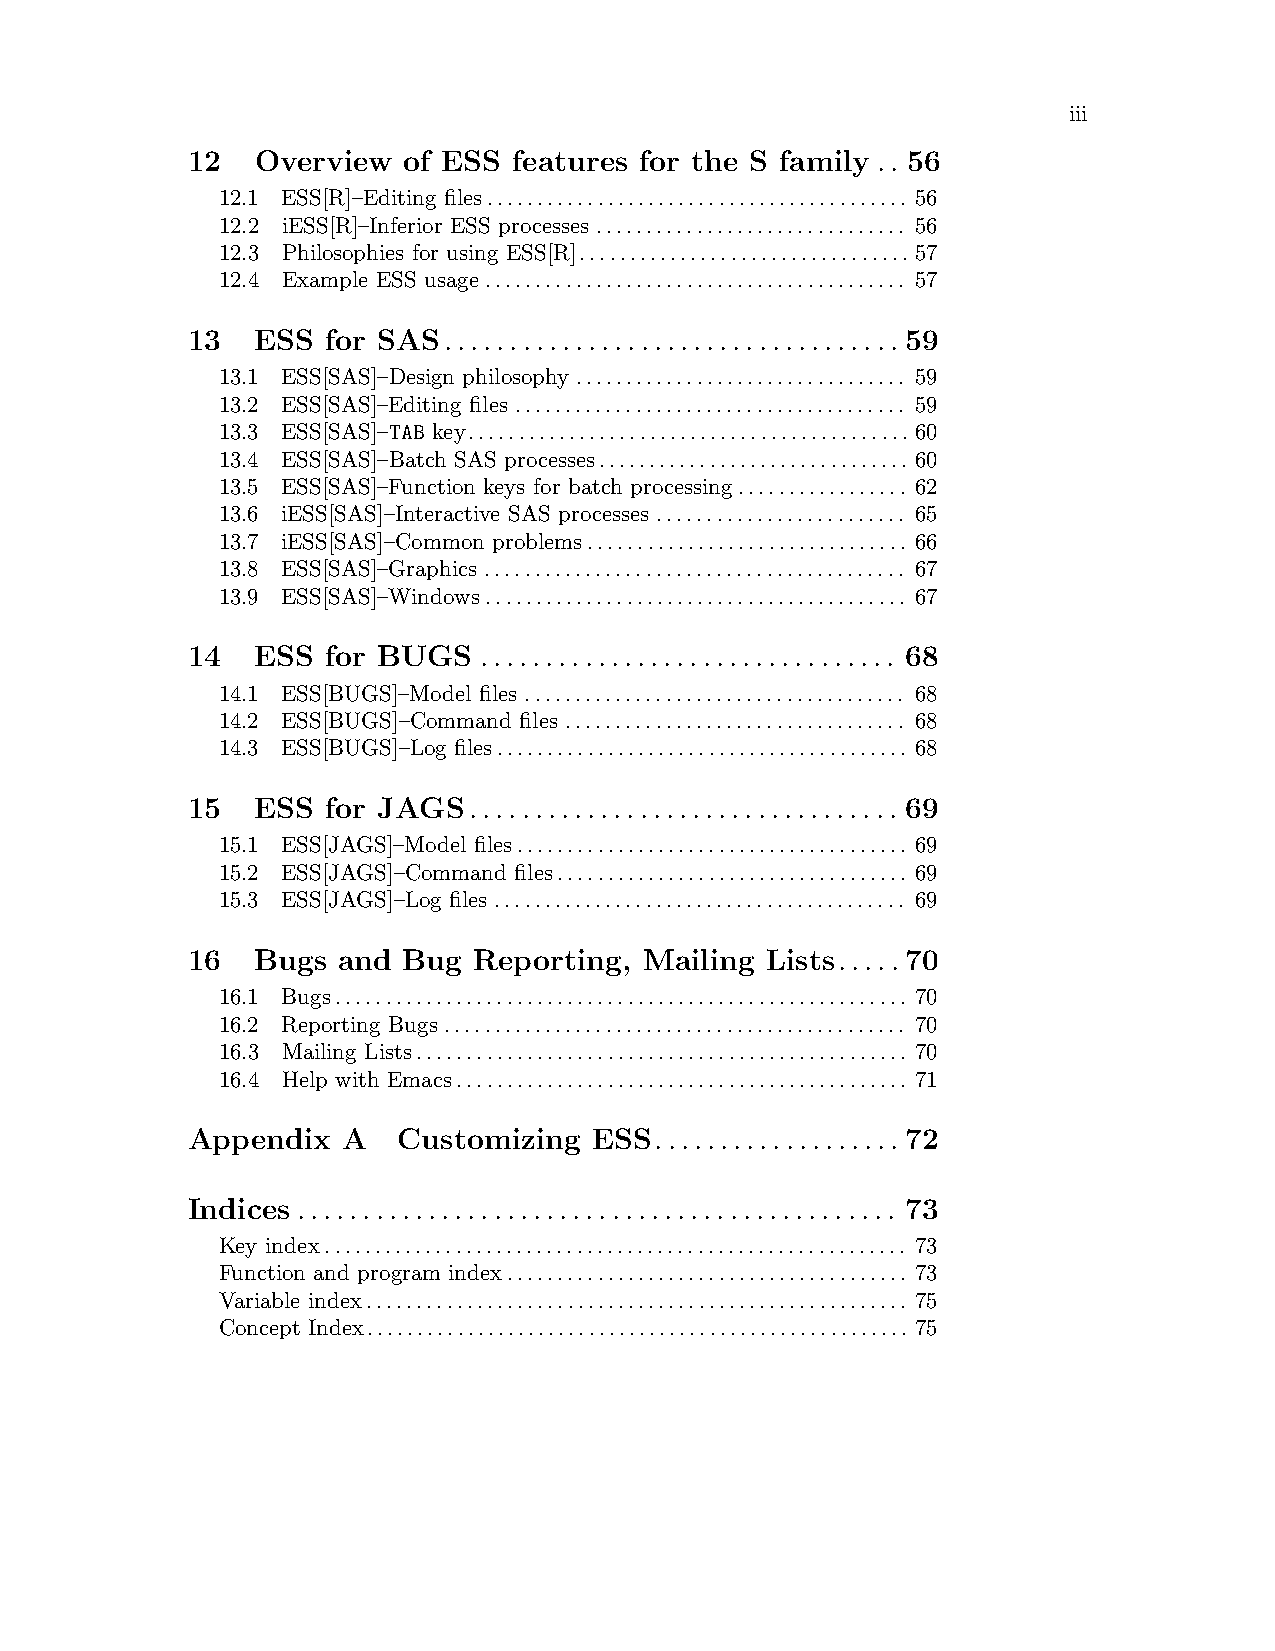
iii
 12   Overview  of ESS features for the S family.. 56
 12.1 ESS[R]–Editing files.......................................... 56
 12.2 iESS[R]–Inferior ESS processes ............................... 56
 12.3 Philosophies for using ESS[R].................................57
 12.4 Example ESS usage.......................................... 57
 13   ESS  for SAS................................... 59
 13.1 ESS[SAS]–Design philosophy ................................. 59
 13.2 ESS[SAS]–Editing files ....................................... 59
 13.3 ESS[SAS]–TAB key............................................60
 13.4 ESS[SAS]–Batch SAS processes............................... 60
 13.5 ESS[SAS]–Function keys for batch processing................. 62
 13.6 iESS[SAS]–Interactive SAS processes ......................... 65
 13.7 iESS[SAS]–Common problems................................ 66
 13.8 ESS[SAS]–Graphics .......................................... 67
 13.9 ESS[SAS]–Windows.......................................... 67
 14   ESS  for BUGS  ................................ 68
 14.1 ESS[BUGS]–Model files ...................................... 68
 14.2 ESS[BUGS]–Command files .................................. 68
 14.3 ESS[BUGS]–Log files......................................... 68
 15   ESS  for JAGS................................. 69
 15.1 ESS[JAGS]–Model files....................................... 69
 15.2 ESS[JAGS]–Command files................................... 69
 15.3 ESS[JAGS]–Log files ......................................... 69
 16   Bugs and  Bug Reporting,  Mailing Lists..... 70
 16.1 Bugs......................................................... 70
 16.2 Reporting Bugs .............................................. 70
 16.3 Mailing Lists................................................. 70
 16.4 Help with Emacs............................................. 71
 Appendix   A  Customizing  ESS................... 72
 Indices .............................................. 73
 Key index.......................................................... 73
 Function and program index........................................ 73
 Variable index...................................................... 75
 Concept Index...................................................... 75